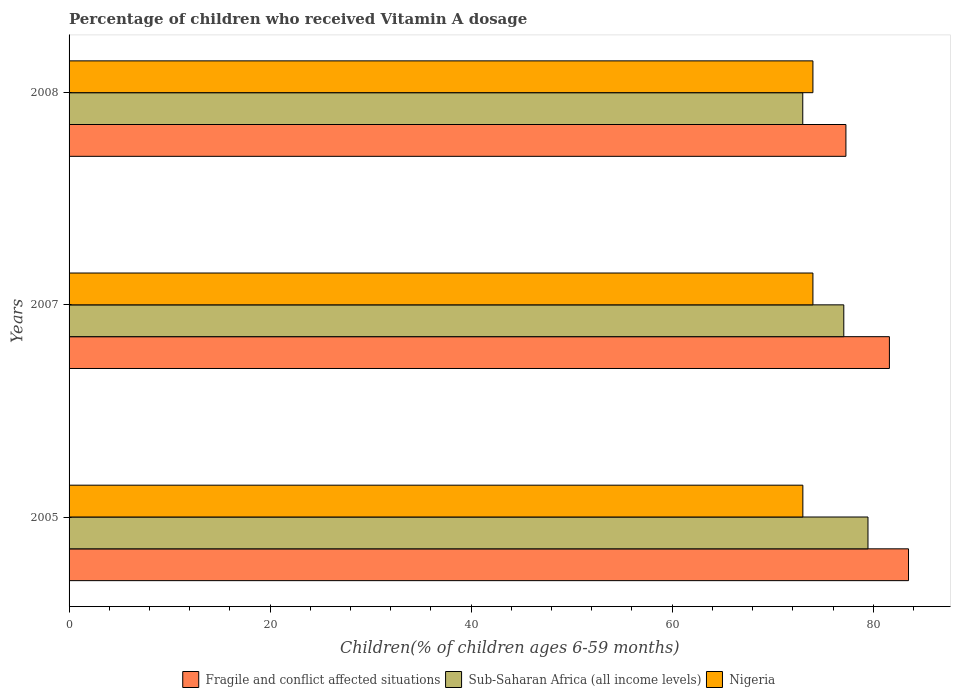
| Years | Fragile and conflict affected situations | Sub-Saharan Africa (all income levels) | Nigeria |
 | --- | --- | --- | --- |
 | 2005 | 83.5 | 79.5 | 73 |
 | 2007 | 81.6 | 77.1 | 74 |
 | 2008 | 77.3 | 73 | 74 |